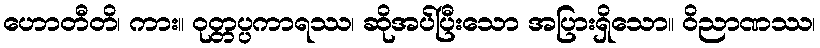
ဟောတီတိ၊ ကား။ ဝုတ္တပ္ပကာရဿ၊ ဆိုအပ်ပြီးသော အပြားရှိသော။ ဝိညာဏဿ၊